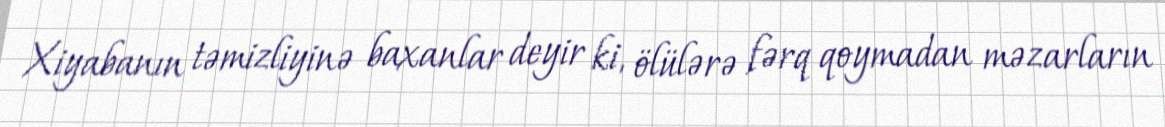
Xiyabanın təmizliyinə baxanlar deyir ki, ölülərə fərq qoymadan məzarların